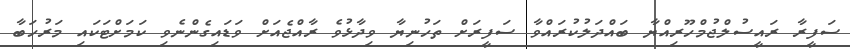
ސަފީރާ ރައީސުލްޖުމްހޫރިއްޔާ ބައްދަލުކުރައްވާ ސަފީރަށް ތަހުނިޔާ ވިދާޅުވެ ރާއްޖެއަށް ވަޑައިގެންނެވި ކަމަށްޓަކައި މަރުހަބާ